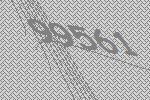
99561